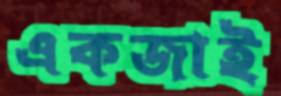
একজাই